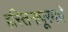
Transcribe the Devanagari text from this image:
हस्तिनापूरमधे